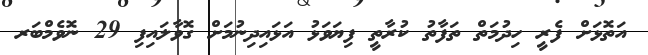
އަތޮޅަށް ފެރީ ހިދުމަތް ތަފާތު ކުރާތީ ފިޔަވަޅު އަޅައިދިނުމަށް ގޮވާލައިފި 29 ނޮވެމްބަރ